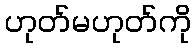
ဟုတ်မဟုတ်ကို